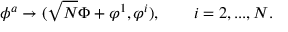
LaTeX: \phi ^ { a } \rightarrow ( \sqrt { N } \Phi + \varphi ^ { 1 } , \varphi ^ { i } ) , \qquad i = 2 , . . . , N .